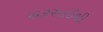
સરસાઈથી